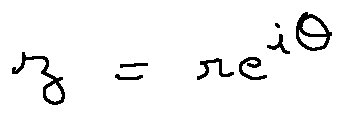
z = r e ^ { i \theta }